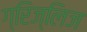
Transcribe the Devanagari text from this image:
ग्रिज्लिज